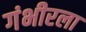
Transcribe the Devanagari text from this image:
गंभीरला